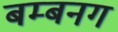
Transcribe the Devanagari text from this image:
बम्बनग